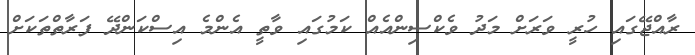
ރާއްޖޭގައި ހުރީ ވަރަށް މަދު ވެކްސިންއެއް ކަމުގައި ވާތީ އެންމެ އިސްކަންދޭ ފަރާތްތަކަށް